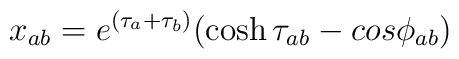
x_{ab} = e^{(\tau_a + \tau_b)}(\cosh\tau_{ab} - cos\phi_{ab})